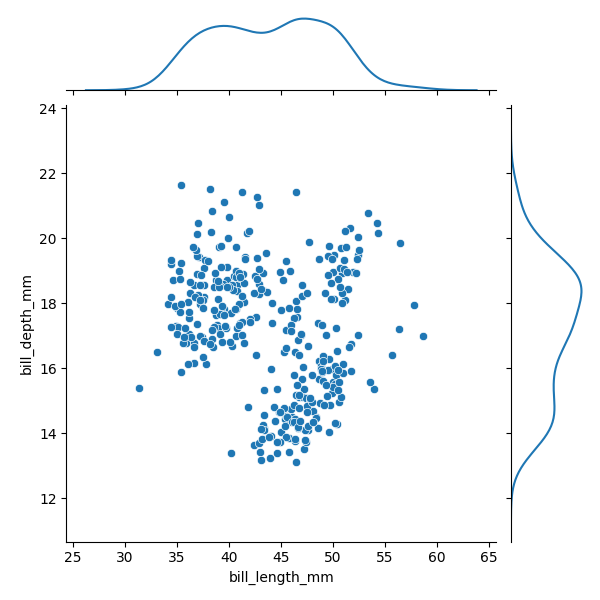
python, seaborn, JointGrid, scatterplot, kdeplot